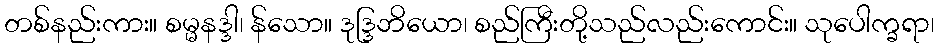
တစ်နည်းကား။ စမ္မနဒ္ဒါ၊ န်သော။ ဒုဒ္ဒြဘိယော၊ စည်ကြီးတို့သည်လည်းကောင်း။ သုပေါက္ခရာ၊